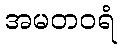
အမတဝရံ